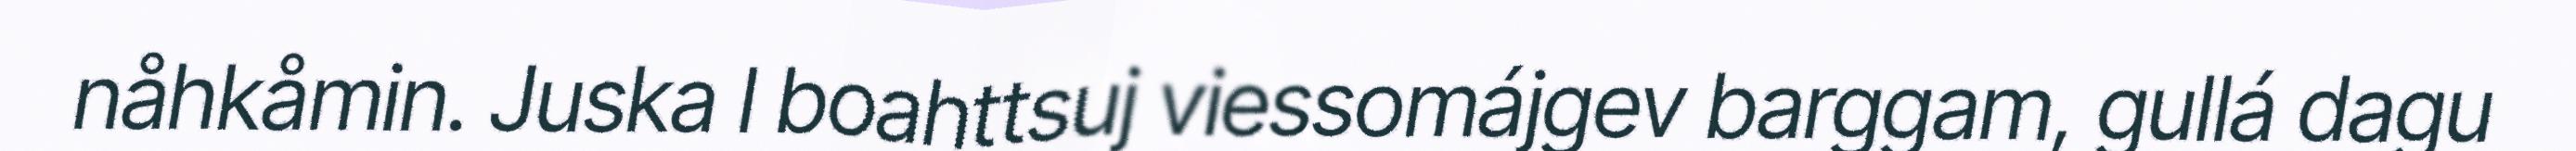
nåhkåmin. Juska l boahttsuj viessomájgev barggam, gullá dagu